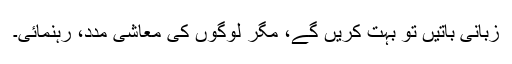
زبانی باتیں تو بہت کریں گے، مگر لوگوں کی معاشی مدد، رہنمائی۔